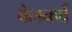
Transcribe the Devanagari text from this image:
बेलकर्व